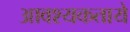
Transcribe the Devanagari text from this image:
आवश्यकताये